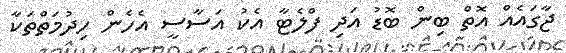
ޖާގައެއް އޮތް ބިން ބޮޑު އަދި ފްލެޓާ އެކު އަސާސީ އެހެން ހިދުމަތްތަކާ